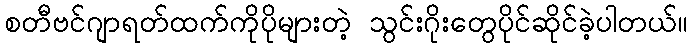
စတီဗင်ဂျာရတ်ထက်ကိုပိုများတဲ့ သွင်းဂိုးတွေပိုင်ဆိုင်ခဲ့ပါတယ်။